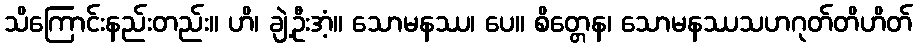
သိကြောင်းနည်းတည်း။ ဟိ၊ ချဲ့ဦးအံ့။ သောမနဿ၊ ပေ။ စိတ္တေန၊ သောမနဿသဟဂုတ်တိဟိတ်